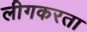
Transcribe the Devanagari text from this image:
लीगकरता